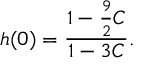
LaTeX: h ( 0 ) = { \frac { 1 - { \frac { 9 } { 2 } } C } { 1 - 3 C } } .